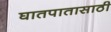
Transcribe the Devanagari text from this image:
घातपातासाठी